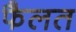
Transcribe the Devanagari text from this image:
फैलत